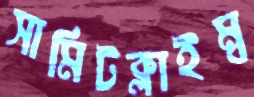
সামিটক্লাইম্ব